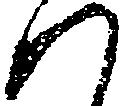
ハ